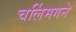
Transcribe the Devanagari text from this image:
चर्लिमगने